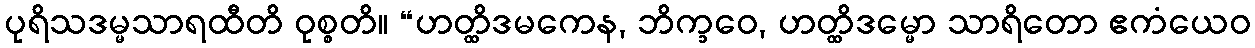
ပုရိသဒမ္မသာရထီတိ ဝုစ္စတိ။ “ဟတ္ထိဒမကေန, ဘိက္ခဝေ, ဟတ္ထိဒမ္မော သာရိတော ဧကံယေဝ